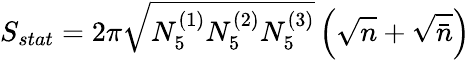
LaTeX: S_{stat}=2\pi\sqrt{N_{5}^{(1)}N_{5}^{(2)}N_{5}^{(3)}}\left(\sqrt{n}+\sqrt{\bar{n}}\right)